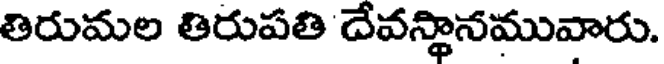
తిరుమల తిరుపతి దేవస్థానమువారు.